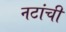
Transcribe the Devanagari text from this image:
नटांची